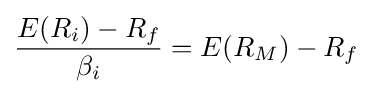
{\frac {E(R_{i})-R_{f}}{\beta _{i}}}=E(R_{M})-R_{f}